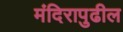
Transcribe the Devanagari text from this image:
मंदिरापुढील